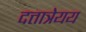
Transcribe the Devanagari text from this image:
दत्तात्रेयय